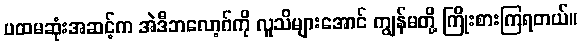
ပထမဆုံးအဆင့်က အဲဒီဘလော့ဂ်ကို လူသိများအောင် ကျွန်မတို့ ကြိုးစားကြရတယ်။